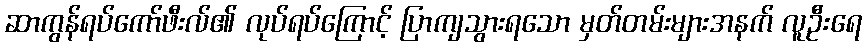
ဆာကွန်ရပ်ကော်ဖီးလ်၏ လုပ်ရပ်ကြောင့် ပြာကျသွားရသော မှတ်တမ်းများအနက် လူဦးရေ